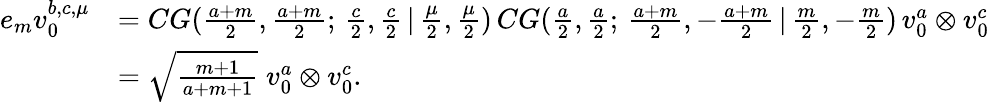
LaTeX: \begin{array}{rl}{e_{m}v_{0}^{b,c,\mu}}&{=CG(\frac{a+m}{2},\frac{a+m}{2};\, \frac{c}{2},\frac{c}{2}\, |\, \frac{\mu}{2},\frac{\mu}{2})\, CG(\frac{a}{2},\frac{a}{2};\, \frac{a+m}{2},-\frac{a+m}{2}\, |\, \frac{m}{2},-\frac{m}{2})\, v_{0}^{a}\otimes v_{0}^{c}}\\ &{=\sqrt{\frac{m+1}{a+m+1}}\; v_{0}^{a}\otimes v_{0}^{c}.}\end{array}